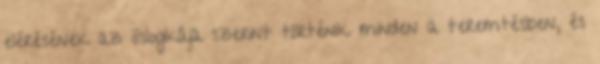
elérésének az õslogikája szerint történik minden a teremtésben, és